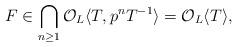
LaTeX: \begin{align*}F\in\bigcap_{n\geq1}\mathcal{O}_L\langle T, p^{n}T^{-1}\rangle=\mathcal{O}_L\langle T \rangle,\end{align*}